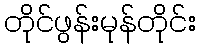
တိုင်ဖွန်းမုန်တိုင်း